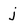
Character: j